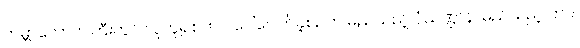
ကမ္ဘာလောကကြီးတွင် လူဟူ၍စတင် ပေါ်ပေါက်ခဲ့စဉ်က မည်သည့် ပုံသဏ္ဌာန်၊ မည်သည့် ဘဝ၊